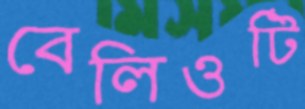
বেলিওটি